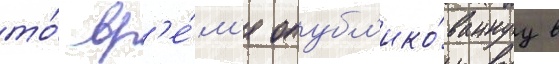
то́ вр'е́м'я опубл'ико́ваннуу в